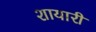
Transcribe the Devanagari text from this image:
शायारी